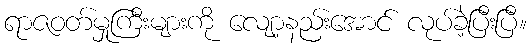
ရာဇဝတ်မှုကြီးများကို လျော့နည်းအောင် လုပ်ခဲ့ပြီးပြီ။